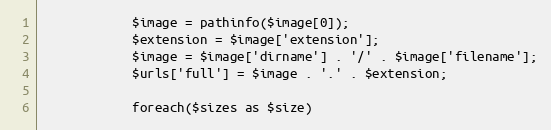
Language: PHP
            $image = pathinfo($image[0]);
            $extension = $image['extension'];
            $image = $image['dirname'] . '/' . $image['filename'];
            $urls['full'] = $image . '.' . $extension;

            foreach($sizes as $size)